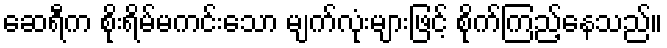
ဆေရီက စိုးရိမ်မကင်းသော မျက်လုံးများဖြင့် စိုက်ကြည့်နေသည်။